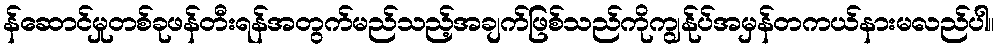
န်ဆောင်မှုတစ်ခုဖန်တီးရန်အတွက်မည်သည့်အချက်ဖြစ်သည်ကိုကျွန်ုပ်အမှန်တကယ်နားမလည်ပါ။